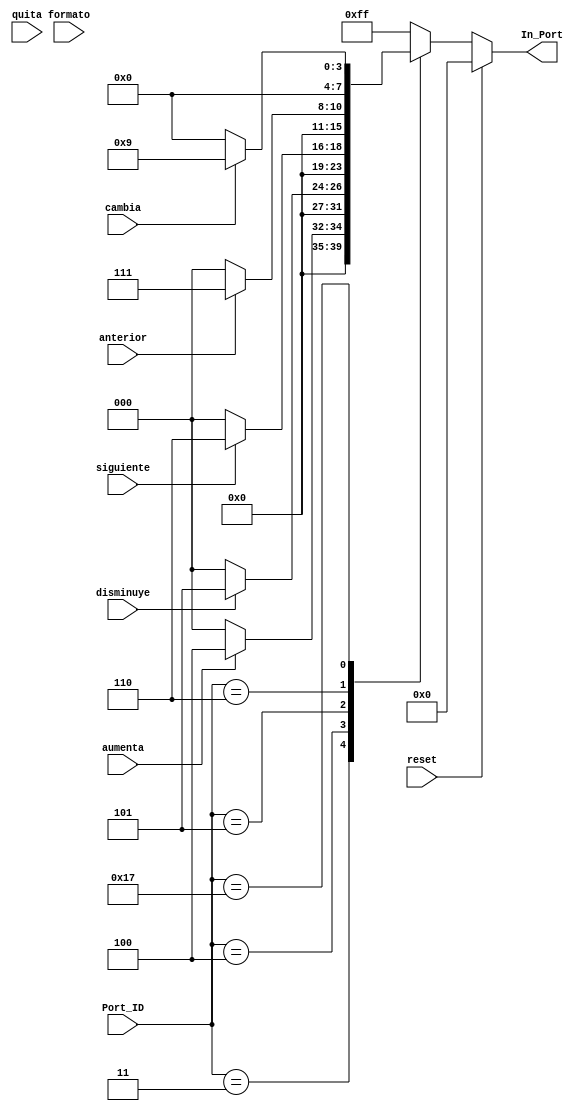
`timescale 1ns / 1ps

module Registro_Teclado(
	 //input clk,
    input reset,
    input aumenta,disminuye,siguiente,anterior,formato,cambia,quita,
	 input [7:0] Port_ID,
	 output reg [7:0] In_Port
	 //output reg interrupcion
    );

always@*begin
	if(reset)begin In_Port=0; end
	//else if(cambia)begin interrupcion=1; end
	else begin
	In_Port=8'hff;
	case(Port_ID)
		8'h03 : begin
					 if(aumenta)begin In_Port=8'h4;end
					 else begin In_Port=8'd0; end
				  end
		8'h04 : begin
					 if(disminuye)begin In_Port=8'h5;end
					 else begin In_Port=8'd0; end
				  end
		8'h05 : begin
					 if(siguiente)begin In_Port=8'h6;end
					 else begin In_Port=8'd0; end
				  end
		8'h06 : begin
					 if(anterior)begin In_Port=8'h7;end
					 else begin In_Port=8'd0; end
				  end
		8'h17 : begin
					 if(cambia)begin In_Port=8'h9;end
					 else begin In_Port=8'd0; end
				  end
	endcase
	end
end
endmodule